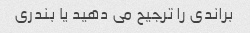
براندی را ترجیح می دهید یا بندری